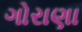
ગોરાણા